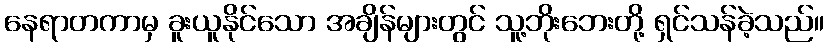
နေရာတကာမှ ခူးယူနိုင်သော အချိန်များတွင် သူ့ဘိုးဘေးတို့ ရှင်သန်ခဲ့သည်။